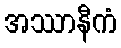
အဿာနီကံ